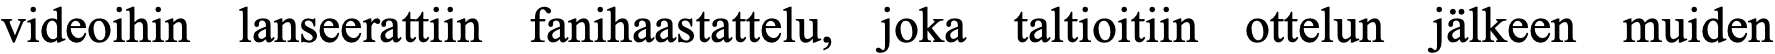
videoihin lanseerattiin fanihaastattelu, joka taltioitiin ottelun jälkeen muiden